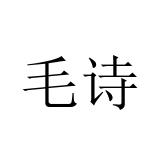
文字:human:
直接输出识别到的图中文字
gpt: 毛诗